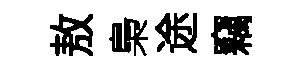
敖梟途竊